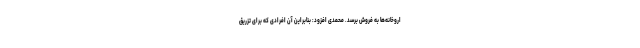
اروخانه‌ها به فروش برسد. محمدی افزود: بنابراین آن افرادی که برای تزریق